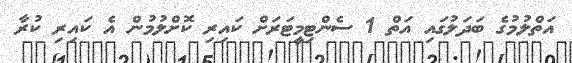
އަތްލުމުގެ ބަދަލުގައި އަތް 1 ސެންޓިމީޓަަރަށް ކައިރި ކޮށްލުމުން އެ ކައިރި ކުރާ